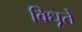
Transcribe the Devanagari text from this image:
विधृते